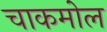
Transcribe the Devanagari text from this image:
चाकमोल